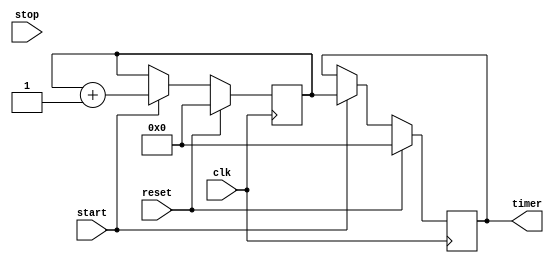
module Time_Stamping_Timer(
    input clk,
    input start,
    input stop,
    input reset,
    output reg [31:0] timer
);

reg [31:0] count;

always @ (posedge clk) begin
    if (reset) begin
        count <= 0;
    end else if (start) begin
        count <= count + 1;
    end else if (stop) begin
        // do nothing
    end
end

always @ (posedge clk) begin
    if (reset) begin
        timer <= 0;
    end else if (start) begin
        timer <= count;
    end
end

endmodule